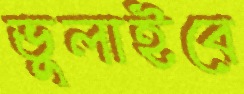
ভুলাইবে